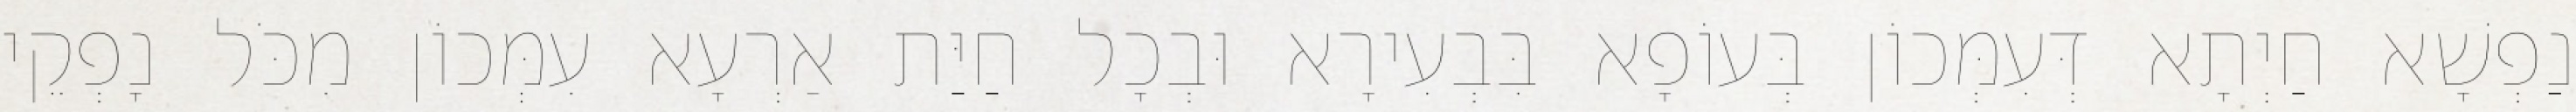
נַפְשָׁא חַיְתָא דְּעִמְּכוֹן בְּעוֹפָא בִּבְעִירָא וּבְכָל חַיַּת אַרְעָא עִמְּכוֹן מִכֹּל נָפְקֵי